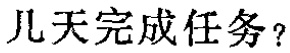
几天完成任务？